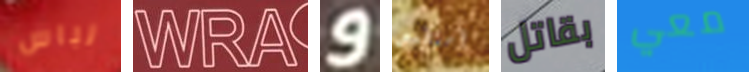
لباس WRA و أستطيع بقاتل معي